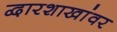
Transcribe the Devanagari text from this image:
द्वारशाखांवर